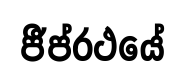
ජීප්රථයේ